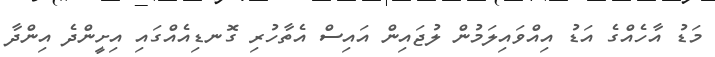
މަޑު އާހެއްގެ އަޑު އިއްވައިލަމުން ލުޖައިން އައިސް އެތާހުރި ގޮނޑިއެއްގައި އިށީންދެ އިންދާ